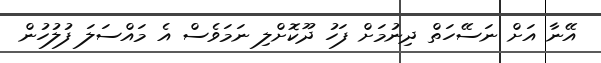
އޭނާ އަށް ނަސޭހަތް ދިނުމަށް ފަހު ދޫކޮށްލި ނަމަވެސް އެ މައްސަލަ ފުލުހުން